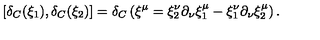
\left[ \delta _ { C } ( \xi _ { 1 } ) , \delta _ { C } ( \xi _ { 2 } ) \right] = \delta _ { C } \left( \xi ^ { \mu } = \xi _ { 2 } ^ { \nu } \partial _ { \nu } \xi _ { 1 } ^ { \mu } - \xi _ { 1 } ^ { \nu } \partial _ { \nu } \xi _ { 2 } ^ { \mu } \right) .